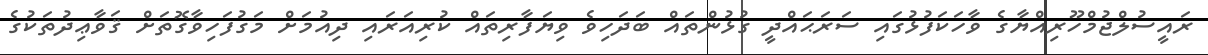
ރައީސުލްޖުމްހޫރިއްޔާގެ ވާހަކަފުޅުގައި ސަރަޙައްދީ ގުޅުންތައް ބަދަހިވެ ވިޔަފާރިތައް ކުރިއަރައި ދިއުމަށް މަގުފަހިވާގޮތަށް ޤަވާޢިދުތަކުގެ